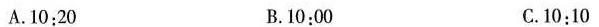
A.10:20 B.10:00 C.10:10